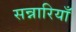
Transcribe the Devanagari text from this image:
सन्नारियाँ